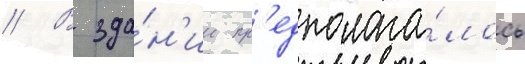
// В зда́н'ии пр'едполага́лось